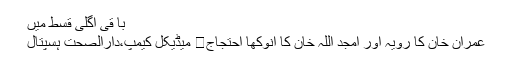
با قی اگلی قسط میں
عمران خان کا رویہ اور امجد اللہ خان کا انوکھا احتجاج	 میڈیکل کیمپ،دارالصحت ہسپتال